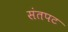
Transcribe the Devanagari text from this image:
संतपट